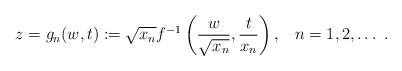
LaTeX: \begin{align*}z=g_n(w,t):=\sqrt{x_n}f^{-1}\left(\frac{w}{\sqrt{x_n}},\frac{t}{x_n}\right),\;\;\;n=1,2, \dots\;. \end{align*}